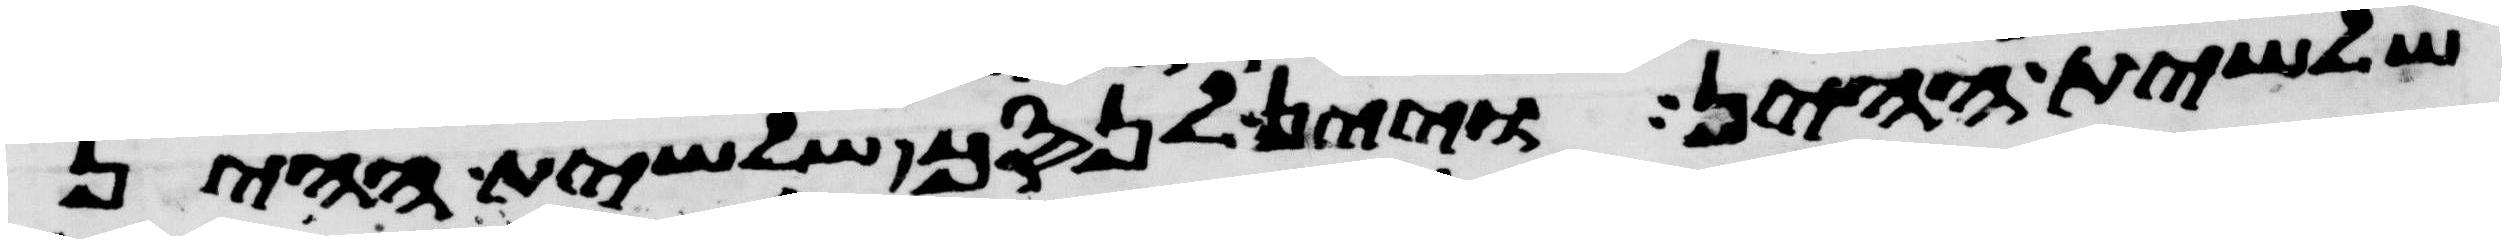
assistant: שלשית ההין ויין לנסך שלשית ההין